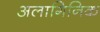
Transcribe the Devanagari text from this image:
अलागिनिक